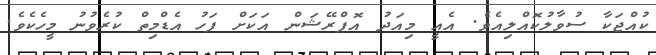
ކުއްޖަކާ ސުވާލުކޮއްލިއެވެ. އެއީ މިއަދު އޮޕްރޭޝަން އަކަށް ފަހު އެޑްމިތް ކުރެވުނު މީހެކެވެ.